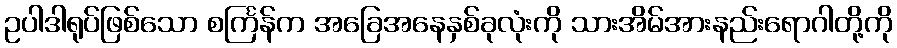
ဥပါဒါရုပ်ဖြစ်သော စင်္ကြန်က အခြေအနေနှစ်ခုလုံးကို သားအိမ်အားနည်းရောဂါတို့ကို